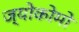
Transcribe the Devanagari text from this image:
ज्योकोमो